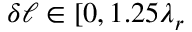
\delta \ell \in [ 0 , 1 . 2 5 \lambda _ { r }